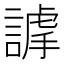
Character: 𧫅